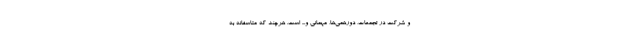
و شرکت در تجمعات، دورهمی‌ها، مهمانی و... است. هرچند که متاسفانه به